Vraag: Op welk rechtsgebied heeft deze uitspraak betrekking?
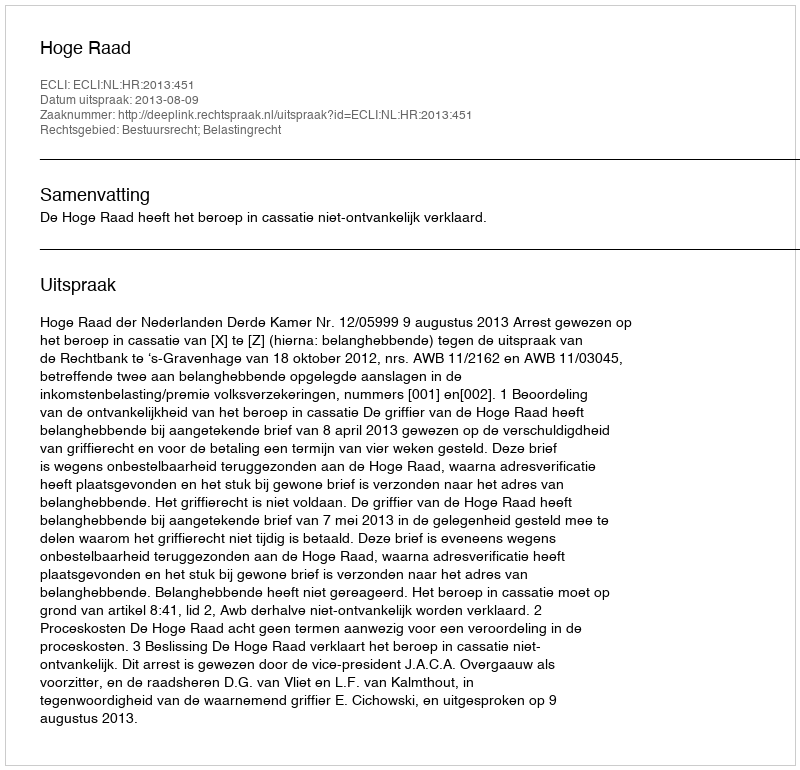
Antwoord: Bestuursrecht; Belastingrecht